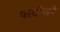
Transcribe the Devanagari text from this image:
पस्तीसवे